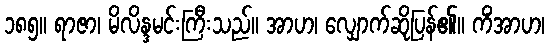
၁၈၅။ ရာဇာ၊ မိလိန္ဒမင်းကြီးသည်။ အာဟ၊ လျှောက်ဆိုပြန်၏။ ကိံအာဟ၊